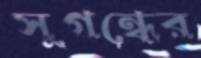
সুগন্ধের